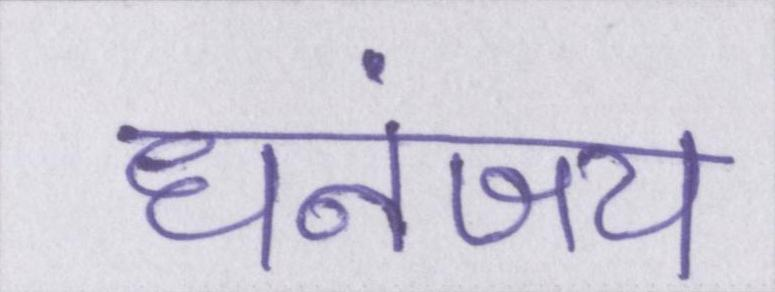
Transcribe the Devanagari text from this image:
धनंजय